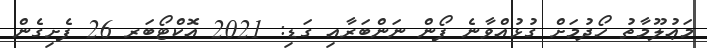
މަޢުލޫމާތު ހޯދުމަށް ގުޅުއްވާނެ ފޯން ނަންބަރާއި ގަޑި: 2021 އޮކްޓޯބަރ 26 ފެށިގެން